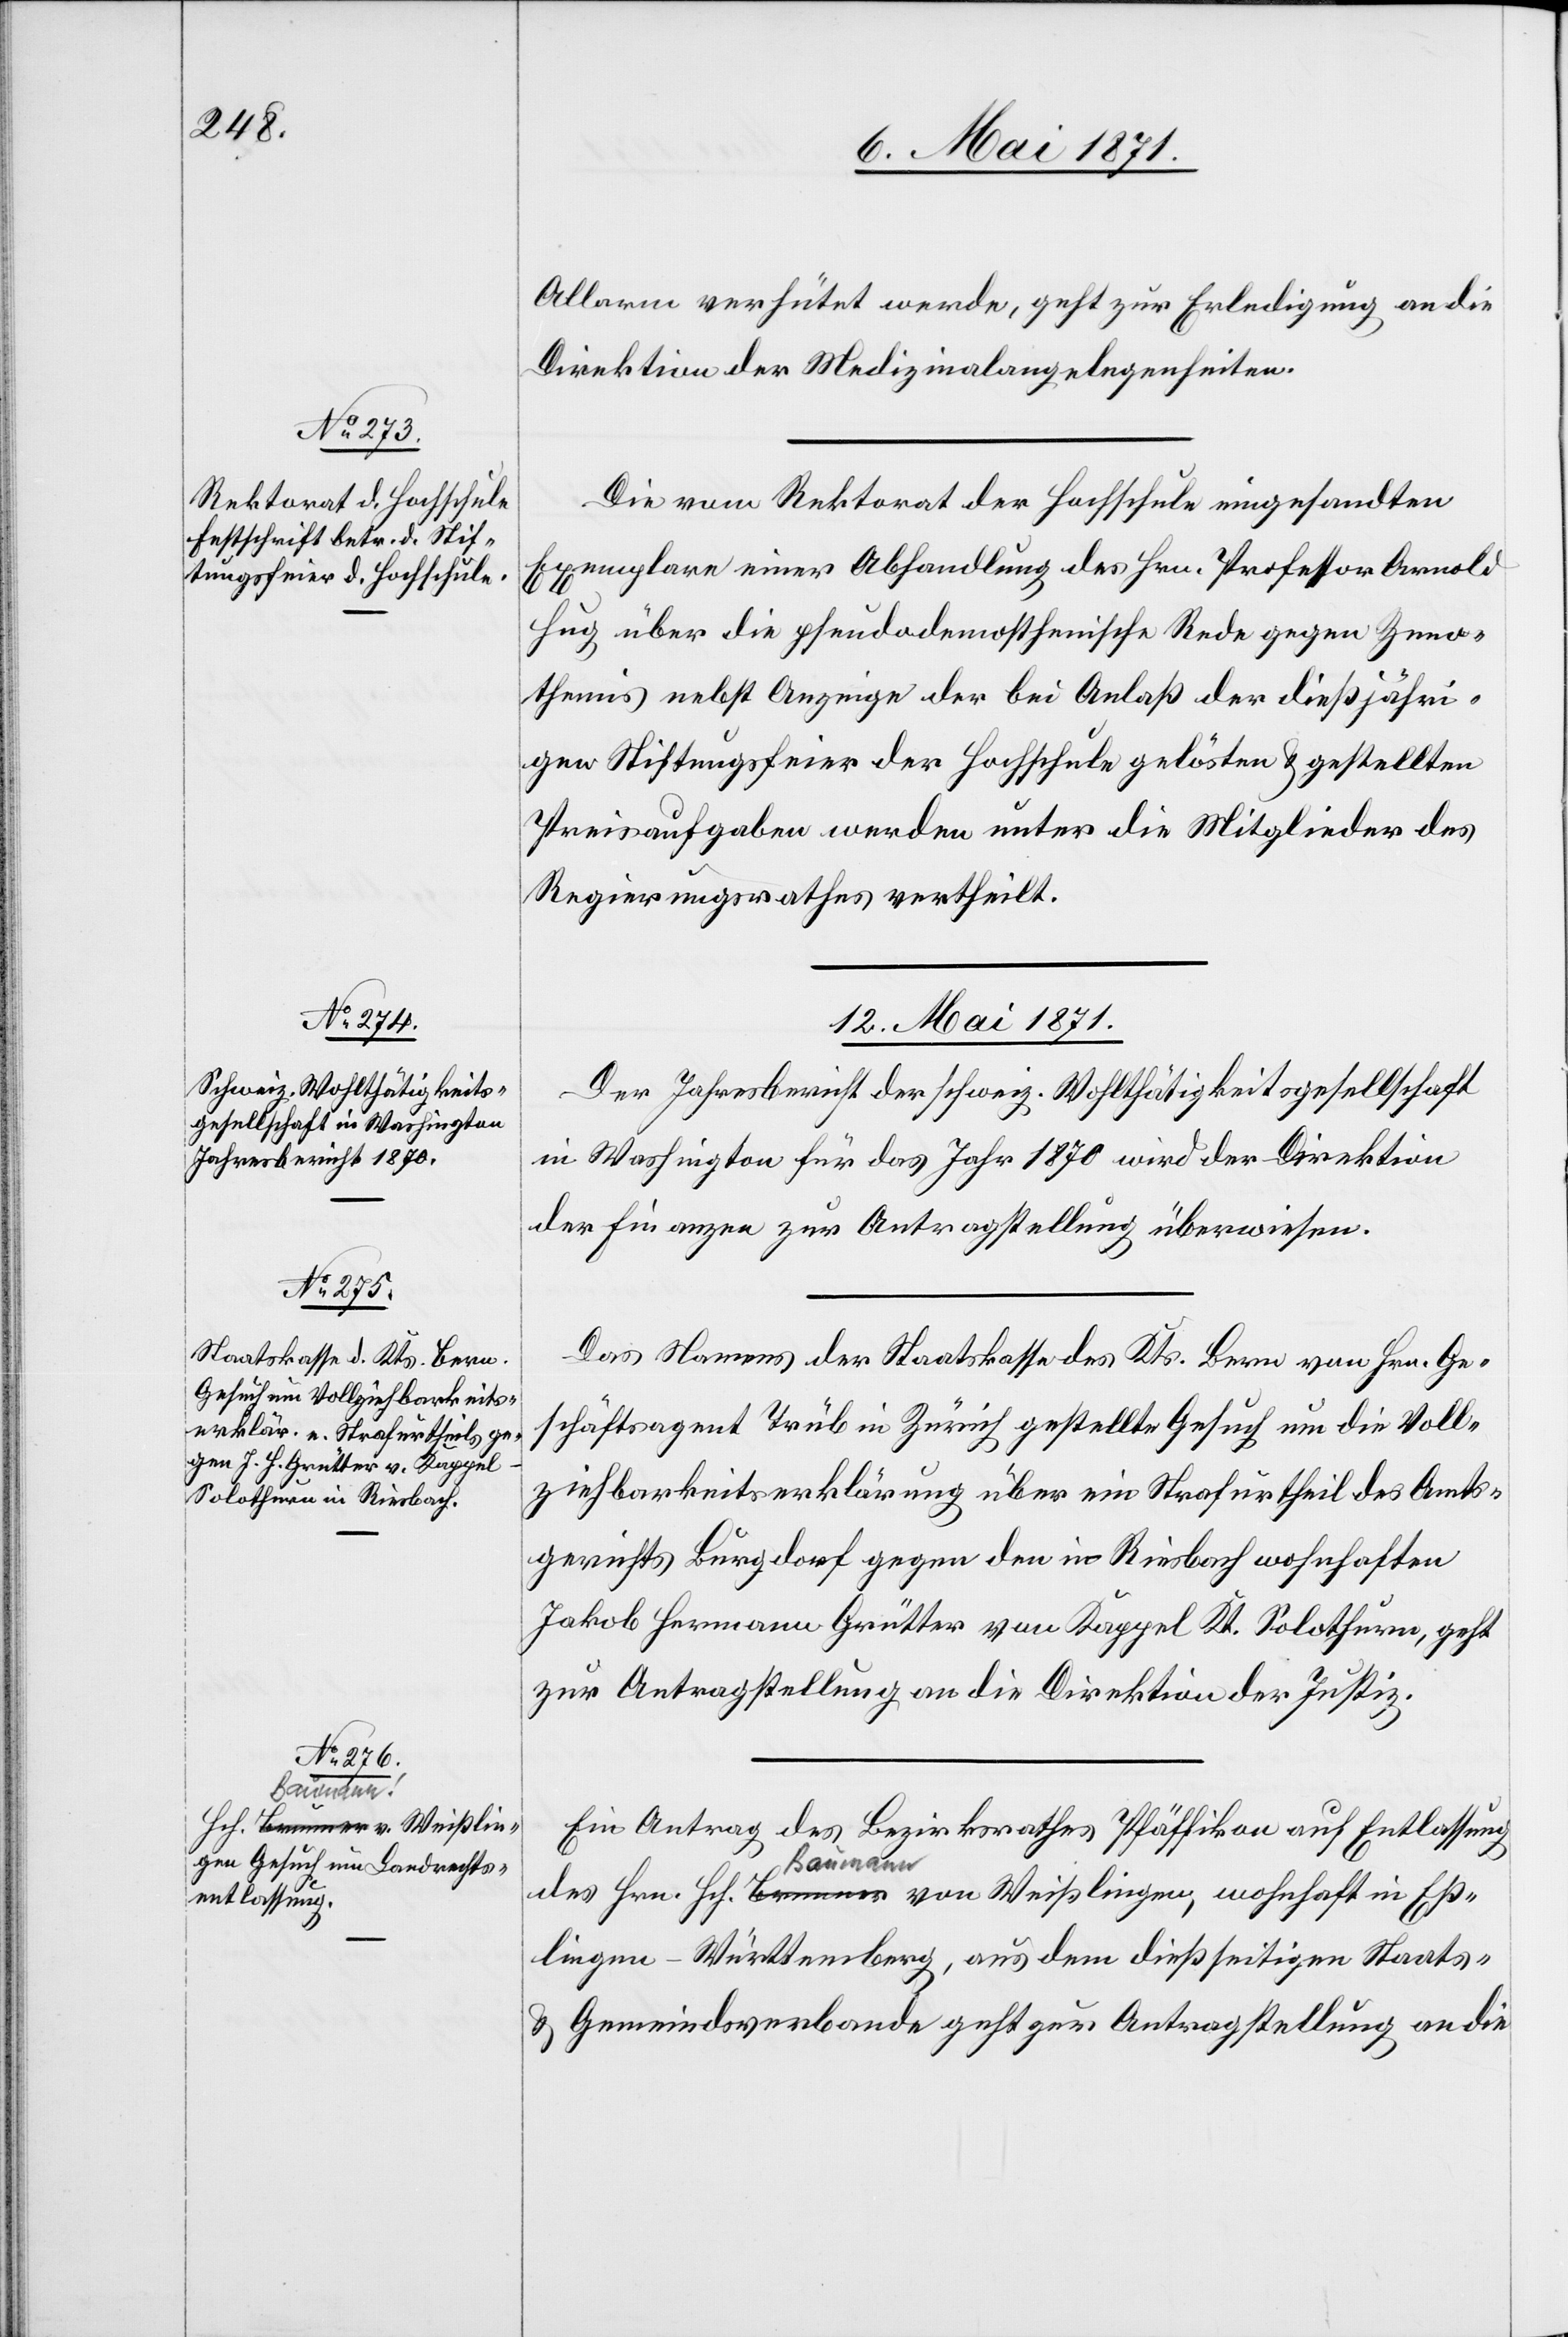
Allarm verhütet werde, geht zur Erledigung an die
Direktion der Medizinalangelegenheiten.
Die vom Rektorat der Hochschule eingesandten
Exemplare einer Abhandlung des Hrn. Professor Arnold
Hug über die pseudodemosthenische Rede gegen Zeno¬
themis nebst Anzeige der bei Anlaß der dießjähri¬
gen Stiftungsfeier der Hochschule gelösten u. gestellten
Preisaufgaben werden unter die Mitglieder des
Regierungsrathes vertheilt.
12. Mai 1871.]
Der Jahresbericht der schweiz. Wohlthätigkeitsgesellschaft
in Washington für das Jahr 1870 wird der Direktion
der Finanzen zur Antragstellung überwiesen.
Das Namens der Staatskasse des Kts. Bern von Hrn. Ge¬
schäftsagent Trüb in Zürich gestellte Gesuch um die Voll¬
ziehbarkeitserklärung über ein Strafurtheil des Amts¬
gerichts Burgdorf gegen den in Riesbach wohnhaften
Jakob Hermann Grütter von Kappel Kt. Solothurn, geht
zur Antragstellung an die Direktion der Justiz.
Ein Antrag des Bezirksrathes Pfäffikon auf Entlassung
des Hrn. Hch. Baumann von Weißlingen, wohnhaft in Eß¬
lingen-Württemberg, aus dem dießseitigen Staats-
u. Gemeindeverbande geht zur Antragstellung an die